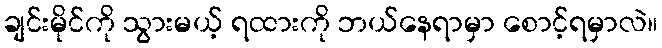
ချင်းမိုင်ကို သွားမယ့် ရထားကို ဘယ်နေရာမှာ စောင့်ရမှာလဲ။